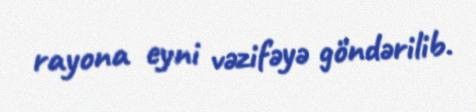
rayona eyni vəzifəyə göndərilib.